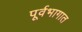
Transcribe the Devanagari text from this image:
पूर्वभागात